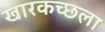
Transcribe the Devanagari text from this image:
खारकच्छला